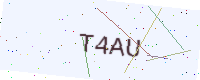
Text: T4AU